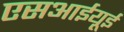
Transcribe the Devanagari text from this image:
एसआईयूई